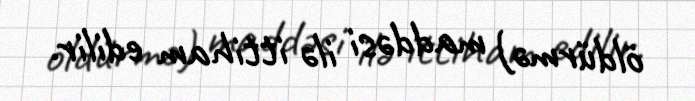
öldürmə) maddəsi ilə ittiham edilir.